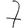
Digit: 7